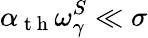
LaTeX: \alpha_{\mathrm{~t~h~}}\omega_{\gamma}^{S}\ll\sigma